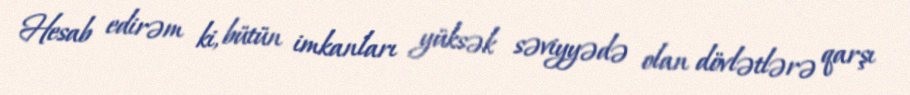
Hesab edirəm ki, bütün imkanları yüksək səviyyədə olan dövlətlərə qarşı